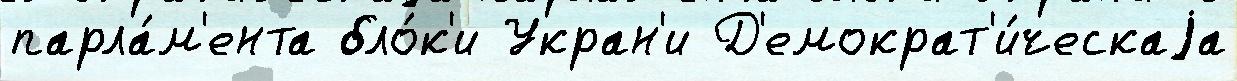
парла́м'ента бло́к'и Укран'и Д'емократ'и́ческаjа